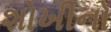
શોખીનો